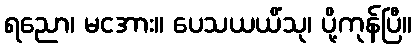
ရညော၊ မငအား။ ပေသယယိံသု၊ ပို့ကုန်ပြီ။